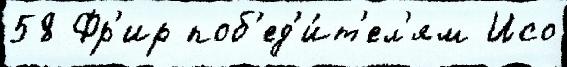
58 Фр'ир поб'ед'и́т'ел'ям Исо